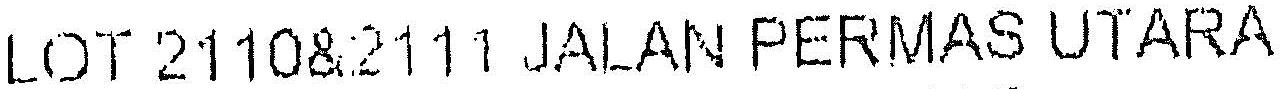
LOT 2110&2111 JALAN PERMAS UTARA